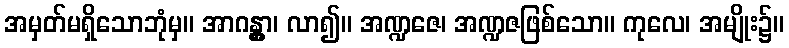
အမှတ်မရှိသောဘုံမှ။ အာဂန္တွာ၊ လာ၍။ အဏ္ဍဇေ၊ အဏ္ဍဇဖြစ်သော။ ကုလေ၊ အမျိုး၌။